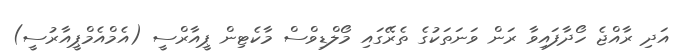
އަދި ރާއްޖެ ހޯދާފައިވާ ރަން ވަނަތަކުގެ ތެރޭގައި މޯލްޑިވްސް މާކެޓިން ޕީއާރްސީ (އެމްއެމްޕީއާރުސީ)